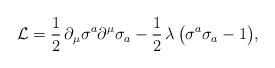
LaTeX: \begin{align*}{\cal L}=\frac{1}{2}\,\partial_\mu\sigma^a\partial^\mu\sigma_a- \frac{1}{2}\,\lambda\,\bigl(\sigma^a\sigma_a - 1\bigr),\end{align*}